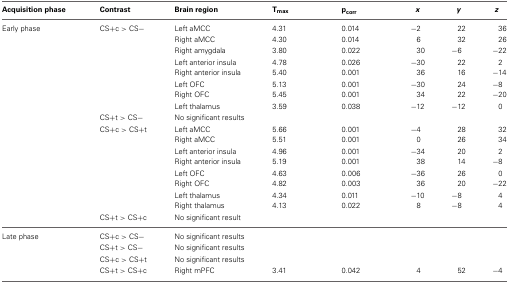
<table><thead><tr><td><b>Acquisition phase</b></td><td><b>Contrast</b></td><td><b>Brain region</b></td><td><b>T<sub>max</sub></b></td><td><b>p<sub>corr</sub></b></td><td><b><i>x</i></b></td><td><b><i>y</i></b></td><td><b><i>z</i></b></td></tr></thead><tbody><tr><td>Early phase</td><td>CS+c &gt; CS−</td><td>Left aMCC</td><td>4.31</td><td>0.014</td><td>−2</td><td>22</td><td>36</td></tr><tr><td></td><td></td><td>Right aMCC</td><td>4.30</td><td>0.014</td><td>6</td><td>32</td><td>26</td></tr><tr><td></td><td></td><td>Right amygdala</td><td>3.80</td><td>0.022</td><td>30</td><td>−6</td><td>−22</td></tr><tr><td></td><td></td><td>Left anterior insula</td><td>4.78</td><td>0.026</td><td>−30</td><td>22</td><td>2</td></tr><tr><td></td><td></td><td>Right anterior insula</td><td>5.40</td><td>0.001</td><td>36</td><td>16</td><td>−14</td></tr><tr><td></td><td></td><td>Left OFC</td><td>5.13</td><td>0.001</td><td>−30</td><td>24</td><td>−8</td></tr><tr><td></td><td></td><td>Right OFC</td><td>5.45</td><td>0.001</td><td>34</td><td>22</td><td>−20</td></tr><tr><td></td><td></td><td>Left thalamus</td><td>3.59</td><td>0.038</td><td>−12</td><td>−12</td><td>0</td></tr><tr><td></td><td>CS+t &gt; CS−</td><td colspan="6">No significant results</td></tr><tr><td></td><td>CS+c &gt; CS+t</td><td>Left aMCC</td><td>5.66</td><td>0.001</td><td>−4</td><td>28</td><td>32</td></tr><tr><td></td><td></td><td>Right aMCC</td><td>5.51</td><td>0.001</td><td>0</td><td>26</td><td>34</td></tr><tr><td></td><td></td><td>Left anterior insula</td><td>4.96</td><td>0.001</td><td>−34</td><td>20</td><td>2</td></tr><tr><td></td><td></td><td>Right anterior insula</td><td>5.19</td><td>0.001</td><td>38</td><td>14</td><td>−8</td></tr><tr><td></td><td></td><td>Left OFC</td><td>4.63</td><td>0.006</td><td>−36</td><td>26</td><td>0</td></tr><tr><td></td><td></td><td>Right OFC</td><td>4.82</td><td>0.003</td><td>36</td><td>20</td><td>−22</td></tr><tr><td></td><td></td><td>Left thalamus</td><td>4.34</td><td>0.011</td><td>−10</td><td>−8</td><td>4</td></tr><tr><td></td><td></td><td>Right thalamus</td><td>4.13</td><td>0.022</td><td>8</td><td>−8</td><td>4</td></tr><tr><td></td><td>CS+t &gt; CS+c</td><td colspan="6">No significant result</td></tr><tr><td>Late phase</td><td>CS+c &gt; CS−</td><td colspan="6">No significant results</td></tr><tr><td></td><td>CS+t &gt; CS−</td><td colspan="6">No significant results</td></tr><tr><td></td><td>CS+c &gt; CS+t</td><td colspan="6">No significant results</td></tr><tr><td></td><td>CS+t &gt; CS+c</td><td>Right mPFC</td><td>3.41</td><td>0.042</td><td>4</td><td>52</td><td>−4</td></tr></tbody></table>